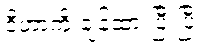
ဒီဟာကို ချန်ထားပြီးပြီ။